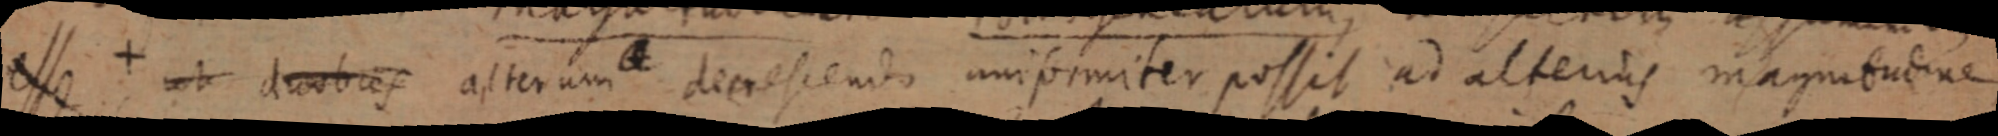
asse ut dabaes alterum dimescendo unipimiter possit ad alterius magnitutie